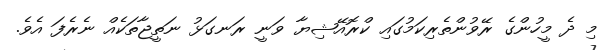
މި ދެ މީހުންގެ ރޭވުންތެރިކަމުގައި ކްރޮއޭޝިޔާ ވަނީ ރަނގަޅު ނަތީޖާތަކެއް ނެރެފަ އެވެ.